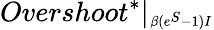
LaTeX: Overshoot^{*}|_{\substack{_{\beta(e^{S}-1)I}}}